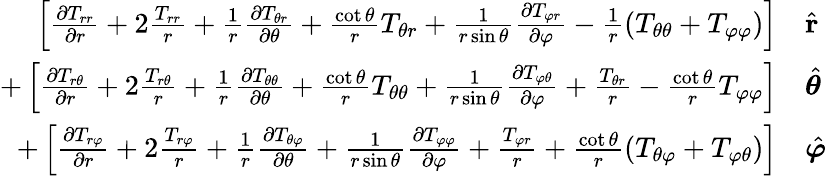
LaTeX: {\begin{array}{rl}{\left[{\frac{\partial T_{rr}}{\partial r}}+2{\frac{T_{rr}}{r}}+{\frac{1}{r}}{\frac{\partial T_{\theta r}}{\partial\theta}}+{\frac{\cot\theta}{r}}T_{\theta r}+{\frac{1}{r\sin\theta}}{\frac{\partial T_{\varphi r}}{\partial\varphi}}-{\frac{1}{r}}(T_{\theta\theta}+T_{\varphi\varphi})\right]}&{{\hat{\mathbf{r}}}}\\ {+\left[{\frac{\partial T_{r\theta}}{\partial r}}+2{\frac{T_{r\theta}}{r}}+{\frac{1}{r}}{\frac{\partial T_{\theta\theta}}{\partial\theta}}+{\frac{\cot\theta}{r}}T_{\theta\theta}+{\frac{1}{r\sin\theta}}{\frac{\partial T_{\varphi\theta}}{\partial\varphi}}+{\frac{T_{\theta r}}{r}}-{\frac{\cot\theta}{r}}T_{\varphi\varphi}\right]}&{{\hat{\boldsymbol{\theta}}}}\\ {+\left[{\frac{\partial T_{r\varphi}}{\partial r}}+2{\frac{T_{r\varphi}}{r}}+{\frac{1}{r}}{\frac{\partial T_{\theta\varphi}}{\partial\theta}}+{\frac{1}{r\sin\theta}}{\frac{\partial T_{\varphi\varphi}}{\partial\varphi}}+{\frac{T_{\varphi r}}{r}}+{\frac{\cot\theta}{r}}(T_{\theta\varphi}+T_{\varphi\theta})\right]}&{{\hat{\boldsymbol{\varphi}}}}\end{array}}